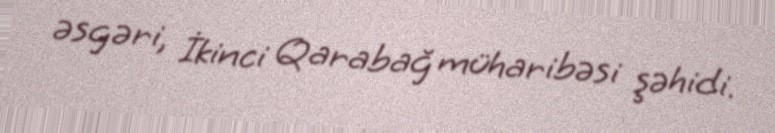
əsgəri, İkinci Qarabağ müharibəsi şəhidi.